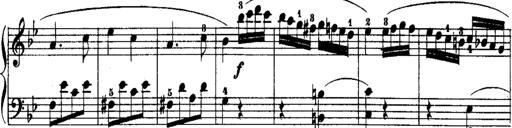
Title: Rondos and Sonatinas for Pianoforte
Composer: Daniel Steibelt